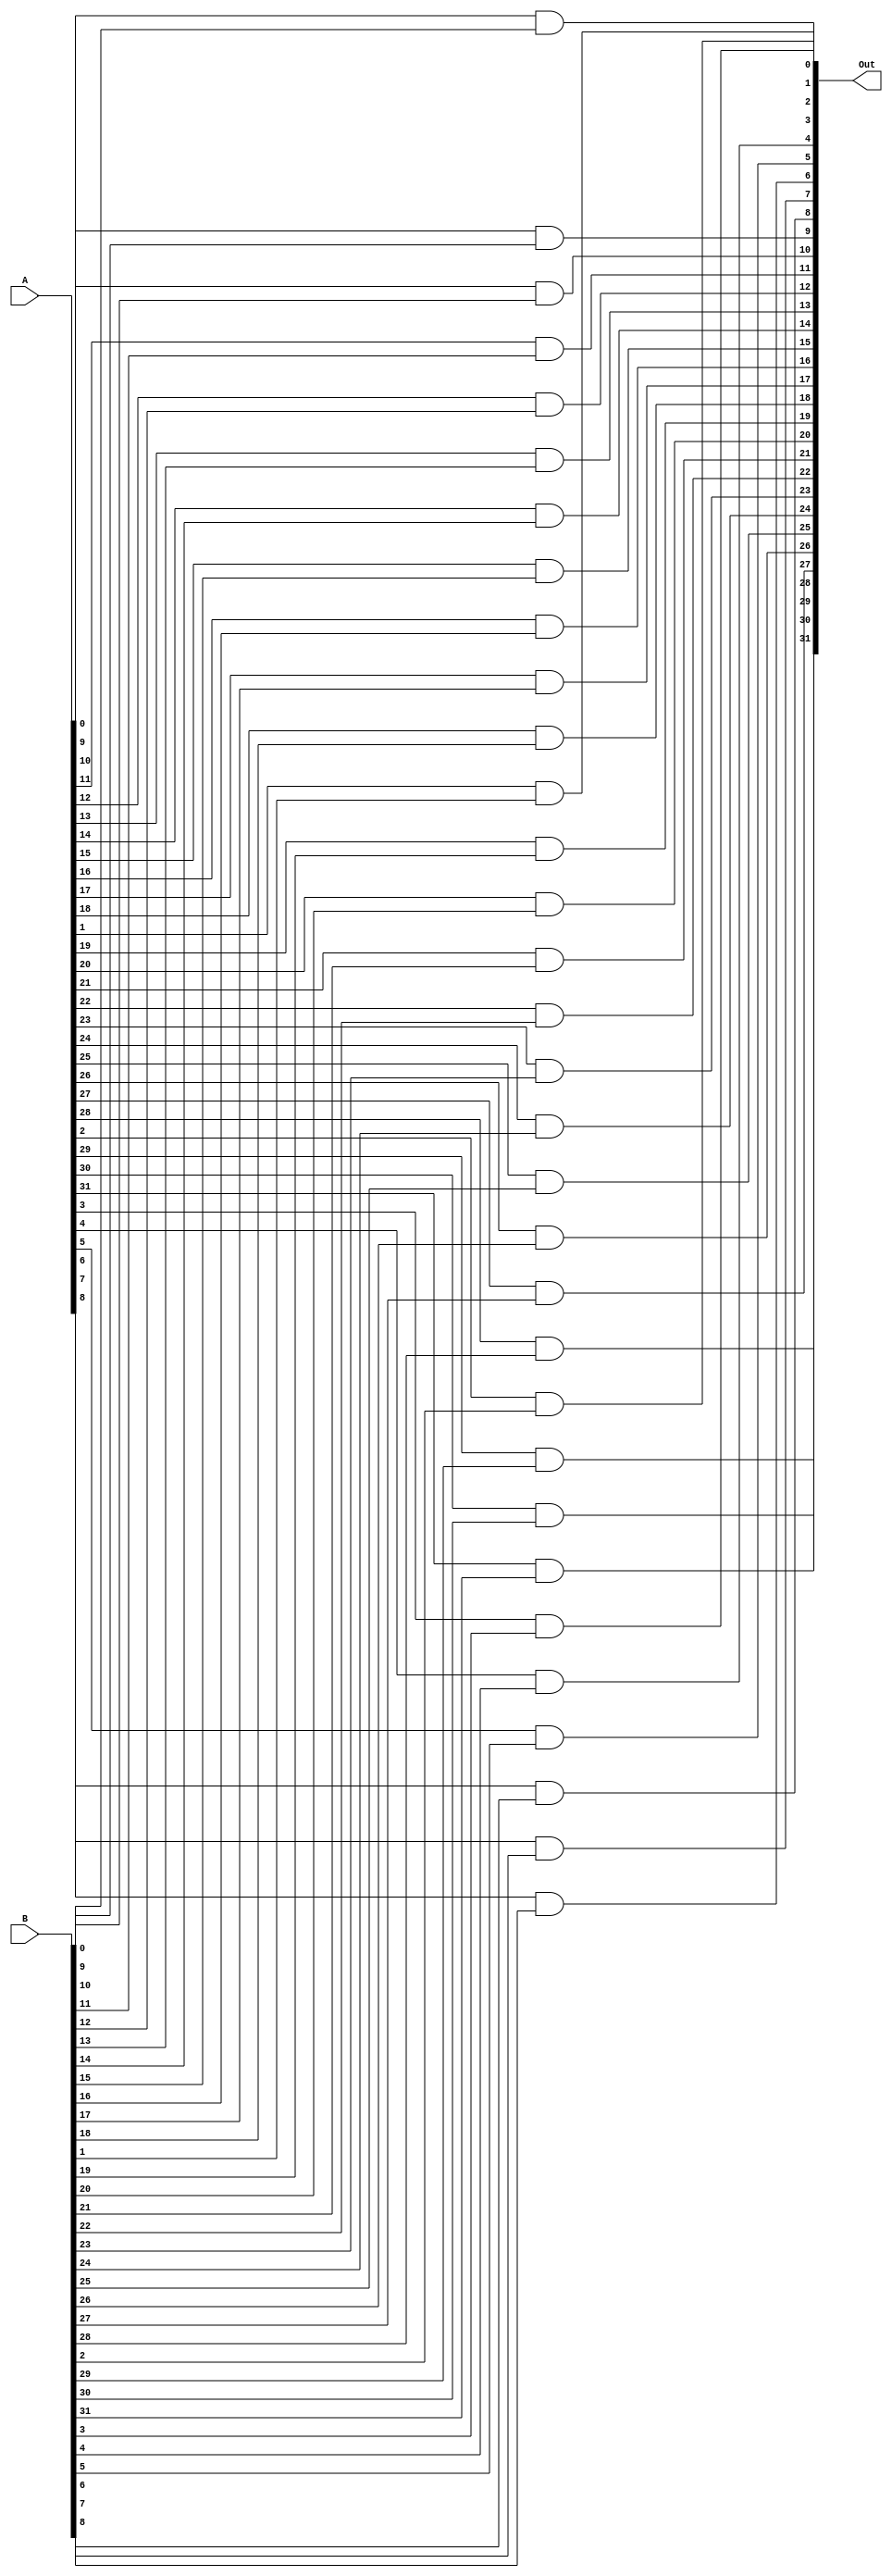
module bitwise_and(A, B, Out);

	input [31:0] A, B;
	output [31:0] Out;
	
	genvar i;
	
	generate
		for(i = 0; i < 32; i = i + 1) begin : and_block
			and and1(Out[i], A[i], B[i]);
		end
	endgenerate
	
endmodule